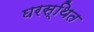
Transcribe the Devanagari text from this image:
घरस्थित